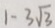
1 - 3 \sqrt { 3 }